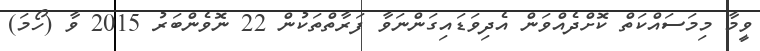
ވީމާ މިމަސައްކަތް ކޮށްދެއްވަން އެދިވަޑައިގަންނަވާ ފަރާތްތަކުން 22 ނޮވެންބަރު 2015 ވާ (ހޯމަ)